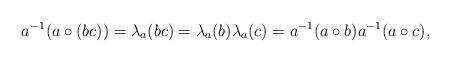
LaTeX: \begin{align*}a^{-1}(a\circ(bc))=\lambda_a(bc)=\lambda_a(b)\lambda_a(c)=a^{-1}(a\circ b)a^{-1}(a\circ c), \end{align*}